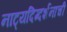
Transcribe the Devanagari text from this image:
नाट्यदिग्दर्शनाची